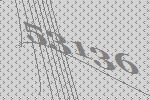
53136